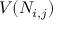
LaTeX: V ( N _ { i , j } )